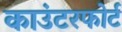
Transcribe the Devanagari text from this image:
काउंटरफोर्ट